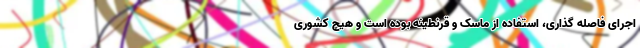
اجرای فاصله گذاری، استفاده از ماسک و قرنطینه بوده است و هیچ کشوری